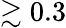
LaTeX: \gtrsim 0.3